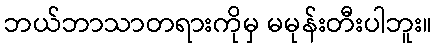
ဘယ်ဘာသာတရားကိုမှ မမုန်းတီးပါဘူး။